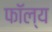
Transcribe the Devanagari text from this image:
फॉल्य